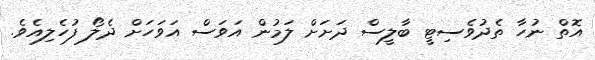
އޮތް ނުހާ ތެދުވެސިޓީ ބާލީސް ދަށަށް ލަމުން އަވަސް އަވަހަށް ދެލޯ ފުހެލިއެވެ.